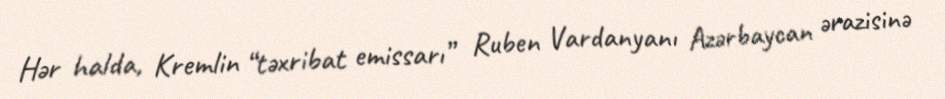
Hər halda, Kremlin “təxribat emissarı” Ruben Vardanyanı Azərbaycan ərazisinə